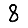
Digit: 8